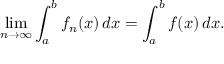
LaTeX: \operatorname* { l i m } _ { n \to \infty } \int _ { a } ^ { b } f _ { n } ( x ) \, d x = \int _ { a } ^ { b } f ( x ) \, d x .